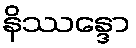
နိဿန္ဒော